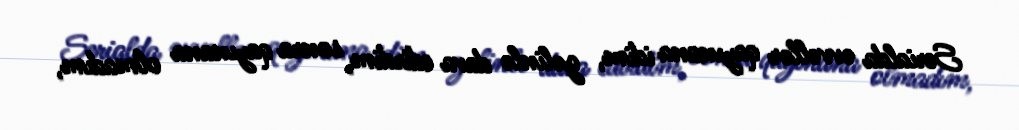
Serialda əvvəllər qayınana idim, gəlinlə dava edirdim, sonra qayınana olmadım,